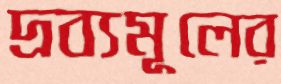
দ্রব্যমূলের